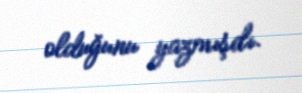
olduğunu yazmışdı.